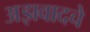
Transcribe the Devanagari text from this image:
अझवादचे